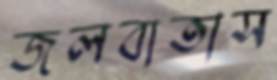
জলবাতাস